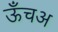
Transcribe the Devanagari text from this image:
ऊँचअ